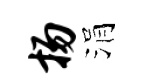
扬涓